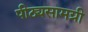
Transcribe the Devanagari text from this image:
पीठ्यसामग्री